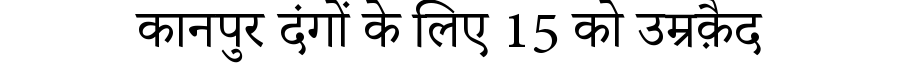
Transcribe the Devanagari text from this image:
कानपुर दंगों के लिए 15 को उम्रक़ैद